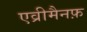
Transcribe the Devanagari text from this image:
एव्रीमैनफ़